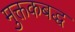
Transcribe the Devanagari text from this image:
मुक्तकबद्ध